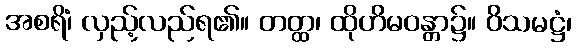
အစရိံ၊ လှည့်လည်ရ၏။ တတ္ထ၊ ထိုဟိမဝန္တာ၌။ ဝိသမဋ္ဌံ၊